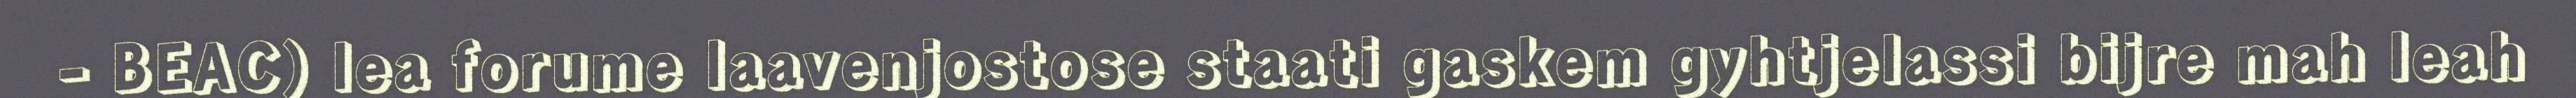
- BEAC) lea forume laavenjostose staati gaskem gyhtjelassi bijre mah leah